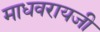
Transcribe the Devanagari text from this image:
माधवरायजी